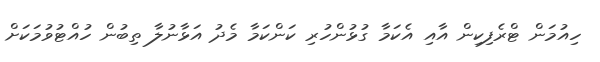
ހިއުމަން ޓްރެފިކިން އާއި އެކަމާ ގުޅުންހުރި ކަންކަމާ މެދު އަޅާނުލާ ތިބުން ހުއްޓުވުމަކަށް